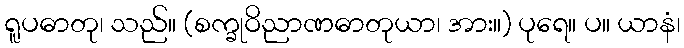
ရူပဓာတု၊ သည်။ (စက္ခုဝိညာဏဓာတုယာ၊ အား။) ပုရေ။ ပ။ ယာနံ၊